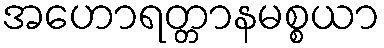
အဟောရတ္တာနမစ္စယာ